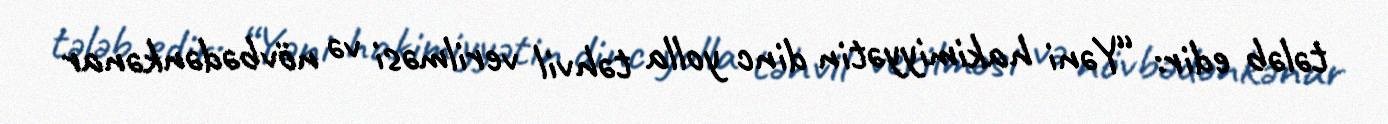
tələb edir: “Yəni hakimiyyətin dinc yolla təhvil verilməsi və növbədənkənar